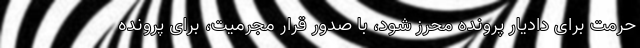
حرمت برای دادیار پرونده محرز شود، با صدور قرار مجرمیت، برای پرونده